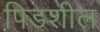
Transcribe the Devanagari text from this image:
पिडशील